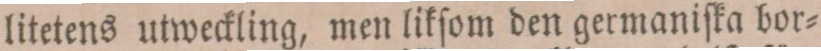
litetens utweckling, men likſom den germaniſka bor=